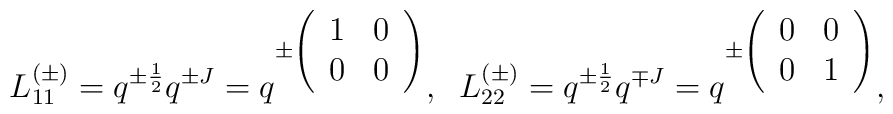
L_{11}^{(\pm)}=q^{\pm \frac{1}{2}}q^{\pm J}=q^{\pm \left(\begin{array}{cc}1&0\\0&0\end{array}\right)},\;\;L_{22}^{(\pm)}=q^{\pm \frac{1}{2}}q^{\mp J}=q^{\pm \left(\begin{array}{cc}0&0\\0&1\end{array}\right)},\;\;